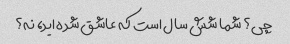
چی؟ شما شش سال است که عاشق شده اید، نه؟